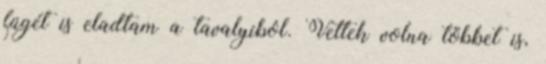
fügét is eladtam a tavalyiból. Vettek volna többet is,